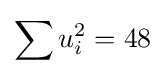
\sum u_{i}^{2}=48